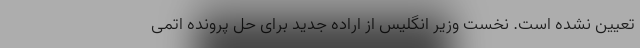
تعیین نشده است. نخست وزیر انگلیس از اراده جدید برای حل پرونده اتمی